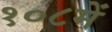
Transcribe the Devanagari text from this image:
१०८में